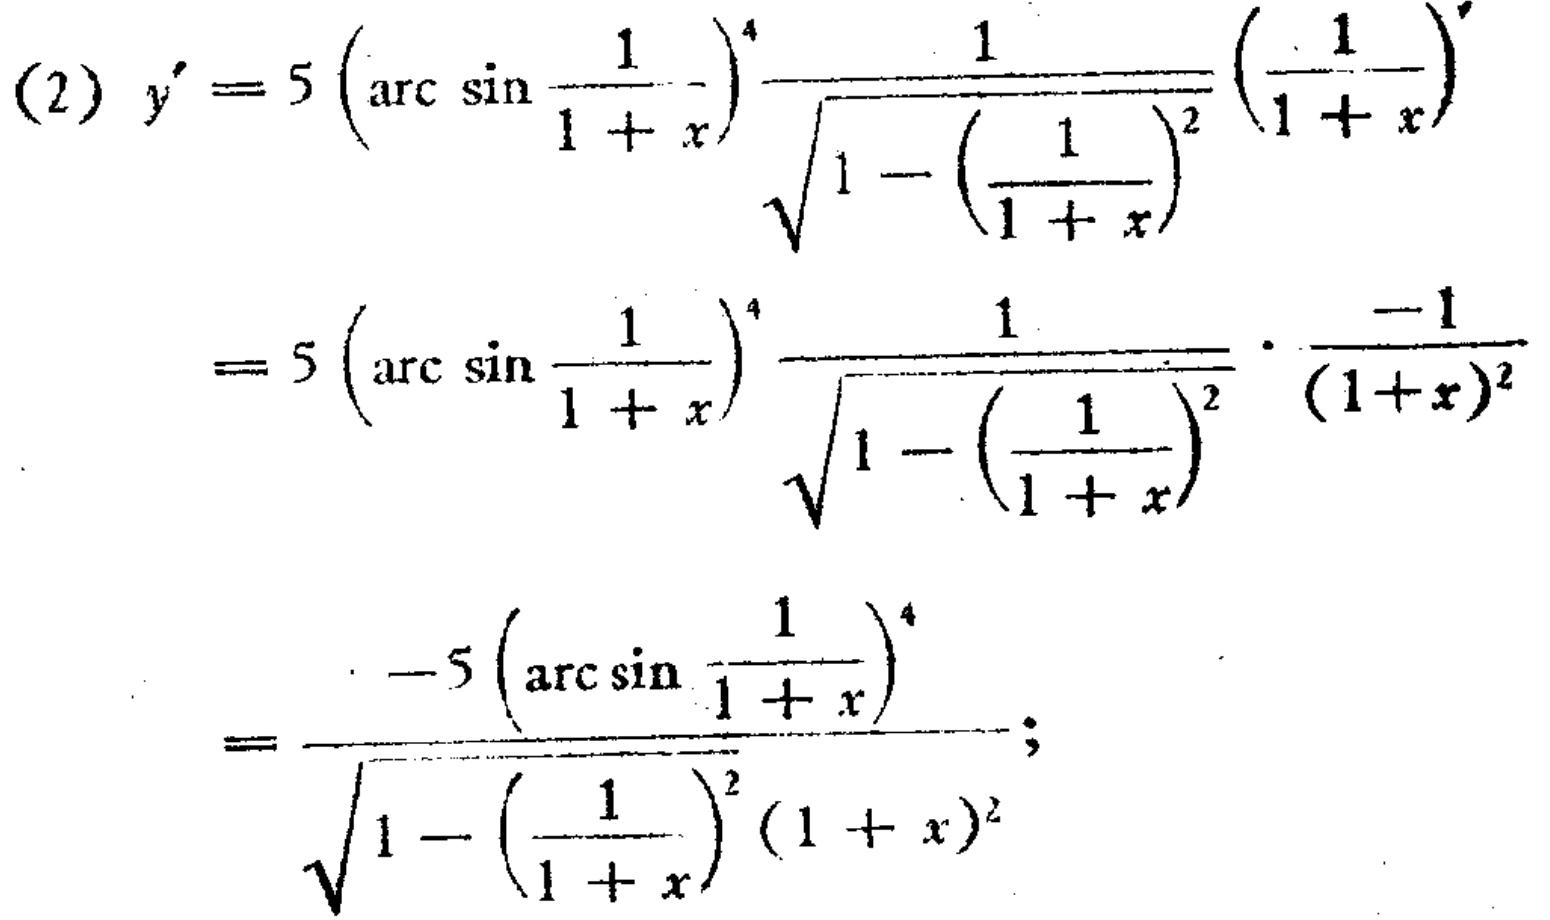
\begin{align*}
(2)\ y'&=5\left(\arcsin\frac{1}{1 + x}\right)^4\frac{1}{\sqrt{1 - \left(\frac{1}{1 + x}\right)^2}}\left(\frac{1}{1 + x}\right)'\\
&=5\left(\arcsin\frac{1}{1 + x}\right)^4\frac{1}{\sqrt{1 - \left(\frac{1}{1 + x}\right)^2}}\cdot\frac{-1}{(1 + x)^2}\\
&=\frac{-5\left(\arcsin\frac{1}{1 + x}\right)^4}{\sqrt{1 - \left(\frac{1}{1 + x}\right)^2}(1 + x)^2};
\end{align*}